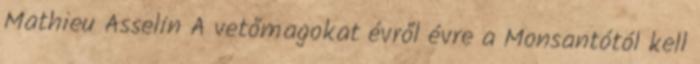
Mathieu Asselin A vetőmagokat évről évre a Monsantótól kell